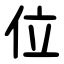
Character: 位